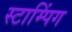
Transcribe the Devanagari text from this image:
स्टाम्पिंग